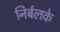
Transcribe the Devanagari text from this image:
निर्बलके